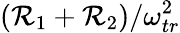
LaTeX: (\mathcal{R}_{1}+\mathcal{R}_{2})/\omega_{tr}^{2}